Vital statistics of India. Vol. IV, Annual returns from 1871 to 1876. British Army of India, Native Army and jails of Bengal
Year: 1871
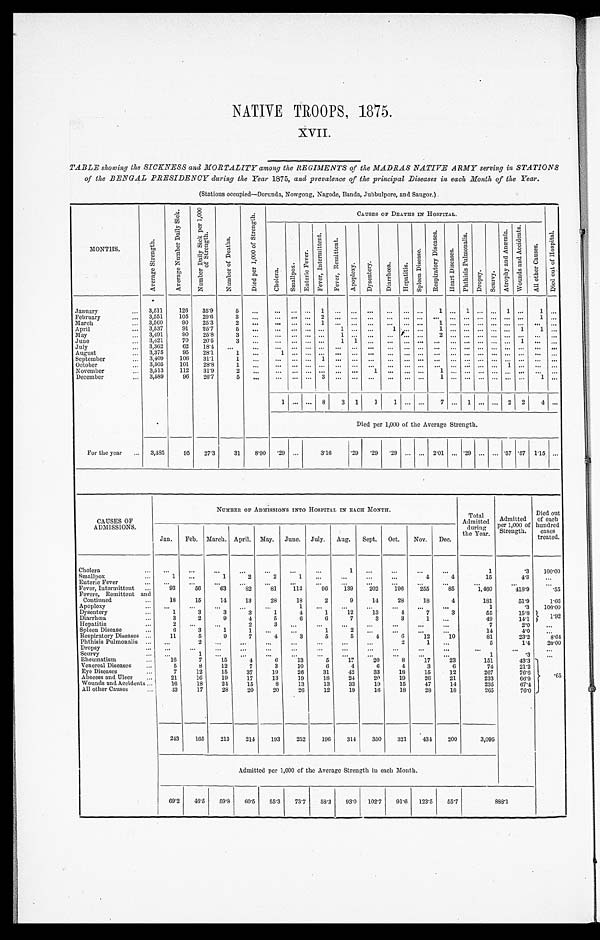
NATIVE TROOPS, 1875.
XVII.
TABLE showing the SICKNESS and MORTALITY among the REGIMENTS of the MADRAS NATIVE ARMY serving in STATIONS
of the BENGAL PRESIDENCY during the Year 1875, and prevalence of the principal Diseases in each Month of the Year.
(Stations occupied—Dorunda, Nowgong, Nagode, Banda, Jubbulpore, and Saugor.)
MONTHS.
A v e r a g e S t r e n g t h .
A v e r a g e N u m b e r D a i l y S i c k .
N u m b e r D a i l y S i c k p e r 1 , 0 0 0 o f S t r e n g t h .
N u m b e r o f D e a t h s .
D i e d p e r 1 , 0 0 0 o f S t r e n g t h .
CAUSES OF DEATHS IN HOSPITAL.
D i e d o u t o f H o s p i t a l .
C h o l e r a .
S m a l l p o x .
E n t e r i c F e v e r .
F e v e r , I n t e r m i t t e n t .
F e v e r , R e m i t t e n t .
A p o p l e x y .
D y s e n t e r y .
D i a r r h œ a .
H e p a t i t i s .
S p l e e n D i s e a s e s .
R e s p i r a t o r y D i s e a s e s .
H e a r t D i s e a s e s .
P h t h i s i s p u l m o n a l i s .
D r o p s y . S c u r v y .
A t r o p h y a n d A n æ m i a .
W o u n d s a n d A c c i d e n t s .
A l l o t h e r C a u s e s .
January
... 3,511
126
35.9
5
...
...
. . . . . .
1 ... ... ...
... ... ...
1
...
1
. . . . . .
1
...
1 ...
February
... 3,551
105
29.6
3
. . . ...
. . . . . . 2
. . .
. . . ... ...
. . . . . .
... ...
. . . . . . . . . . . .
...
1 ...
March
... 3,560
90
25.3
2 ...
... ... ...
1
. . .
. . . ... ...
. . . . . .
1
...
. . . . . . . . . . . .
... ...
. . .
April
... 3,537
91
25.7
5
...
... ... ... ...
1
. . . ... 1
. . . . . .
1
...
. . . . . . . . . . . .
1
1 ...
May
. . . 3,491
90
25.8
3 ...
...
. . . . . . . . . 1
. . .
. . .
. . .
. . . . . . 2
...
. . . . . . . . . . . .
... ...
. . .
June
... 3,421
70
20.5
3 ...
. . .
. . . . . . . . .
1 1 ...
...
. . . . . .
. . . ...
. . . . . . . . . . . . 1 ...
. . .
July
. . . 3,362
62
18.4 ...
...
. . .
. . . . . . . . . ...
. . .
. . .
. . .
. . . . . . ... ... ...
. . . ....
. . . ... ...
. . .
August
... 3,375
95
28.1
1
...
1
. . . . . . . . .
. . . ... ...
...
. . . ... ... ... ... ... ... ... ...
. . .
. . .
September
... 3,409
106 31.1
1
...
...
. . . . . . 1
. . . ... ...
... ...
. . . ... ... ... ... ... ... ... ... ...
October
. . . 3,505
101
28.8
1
...
... ... ... ... ... ... ...
... .. ... ... ... ... ... ... 1 ...
...
. . .
November
. . . 3,513
112
31.9
2
...
...
. . . ...
. . . ...
. . . 1
...
. . . . . . 1 ...
. . . . . . . . . . . .
...
...
. . .
December
. . . 3,589
96
26.7
5
...
... ... ... 3
. . .
. . . ... ...
. . . . . . 1 ...
. . . . . . . . . . . .
...
1
. . .
1
. . . . . . 8
3 1
1 1
. . . . . 7 ... 1 ... ... 2 2 4
. . .
Died per 1,000 of the Average Strength.
For the year
. . . 3,485
95
27.3
31
8.90
. 2 9 ...
3.16
.29
. 29
. 29 ... ... 2.01 ... .29 ... ... .57 .57 1.15 ...
CAUSES OF
ADMISSIONS.
NUMBER OF ADMISSIONS INTO HOSPITAL IN EACH MONTH.
Total
Admitted
during
the Year .
Admitted
per 1,000 of
Strength.
Died out
of each
hundred
cases
treated.
Jan.
Feb. March. April. May. June. July. Aug. Sept. Oct.
Nov. Dec.
Cholera
...
. . .
...
...
...
...
...
...
1
...
...
...
...
1
‫3٭‬
100.00
Smallpox
...
1
. . .
1
2
2
1
. . .
...
. . .
...
4
4
15
4.3
...
Enteric Fever
...
...
...
...
...
...
...
...
. . .
...
...
...
...
...
. . .
. . .
Fever, Intermittent ...
93
56
63
82
81
112
96
139
202
196
255
85
1,460
418.9
*55
Fevers, Remittent and
Continued
...
18
15
14
13
28
18
2
9
14
28
18
4
181
51.9
1.66
Apoplexy
...
...
...
...
...
...
1
...
...
...
...
...
...
1
‫3٭‬
100.00
Dysentery
...
1
3
3
3
1
4
1
12
13
4
7
3
55
15.8
1. 92
Diarrhœa
...
3
2
9
4
5
6
6
7
3
3
1
. . .
49
14.1
Hepatitis
. . .
2
. . . ...
2
3
...
...
...
...
...
...
...
7
2.0
. . .
Spleen Disease
...
6
3
1
1
...
. . .
1
2
...
...
...
. . .
14
4.0
...
Respiratory Diseases ...
11
5
9
7
4
3
5
5
4
6
12
10
81
23.2
8 . 6 4
Phthisis Pulmonalis ...
...
2
...
...
. . .
...
. . .
...
...
2
1
. . .
5
1.4
20.00
D r o p s y
...
...
...
...
. . .
...
. . .
. . .
. . .
. . .
...
...
...
...
...
...
Scurvy
...
...
1
...
...
...
...
...
...
...
...
...
. . .
1
.3
. . .
Rheumatism
...
16
7
15
4
6
13
5
17
20
8
17
23
151
43.3
. 6 5
Venereal Diseases
. . .
5
8
12
7
3
10
6
4
6
4
3
6
74
21.2
Eye Diseases
...
7
12
15
37
19
26
31
42
33
18
15
12
267
76.6
Abscess and Ulcer
...
21
16
19
17
13
19
18
24
20
19
26
21
233
66.9
Wounds and Accidents ...
16
18
24
15
8
13
13
33
19
15
47
14
235
67.4
All other Causes
...
43
17
28
20
20
26
12
19
16
18
28
18
265
76.0
243
165
213
214
193
252
196
314
350
321
434
200
3,095
Admitted per 1,000 of the Average Strength in each Month.
69.2
46.5 59.8
60.5
5.53
73.7
58.3
93.0 102.7 91.6 123.5
55.7
888.1